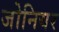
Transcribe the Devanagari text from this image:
जोनियर